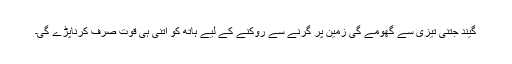
گیند جتنی تیزی سے گھومے گی زمین پر گرنے سے روکنے کے لیے ہاتھ کو اتنی ہی قوت صرف کرناپڑے گی۔